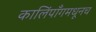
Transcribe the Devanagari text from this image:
कालिंपाँगमधूनच